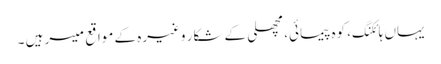
یہاں ہائکنگ، کوہ پیمائی، مچھلی کے شکار وغیرہ کے مواقع میسر ہیں ۔